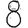
Digit: 8